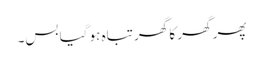
پھر گھر کا گھر تباہ ہو گیا بس۔